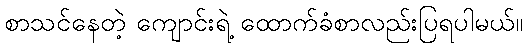
စာသင်နေတဲ့ ကျောင်းရဲ့ ထောက်ခံစာလည်းပြရပါမယ်။